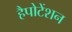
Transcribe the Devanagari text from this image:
हैपोटेंशन